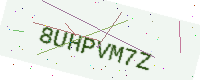
Text: 8UHPVM7Z